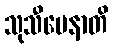
သုသီမေနာတိ